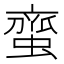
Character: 𮔰